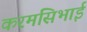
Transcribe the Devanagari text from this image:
करमसिभाई